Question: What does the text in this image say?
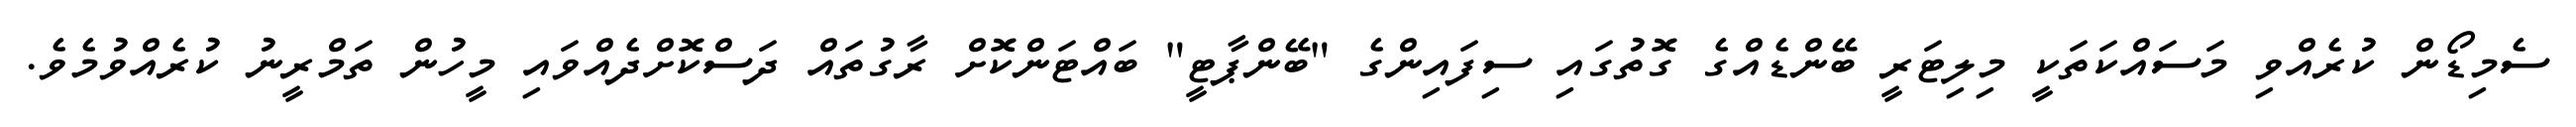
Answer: ސެމިޑޯން ކުރެއްވި މަސައްކަތަކީ މިލިޓަރީ ބޭންޑެއްގެ ގޮތުގައި ސިފައިންގެ "ބޭންޕާޓީ" ބައްޓަންކޮށް ރާގުތައް ދަސްކޮށްދެއްވައި މީހުން ތަމްރީނު ކުރެއްވުމެވެ.